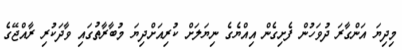
މިދިޔަ އަންގާރަ ދުވަހުން ފެށިގެން އިއްޔެގެ ނިޔަލަށް ކުރިއަށްދިޔަ މުބާރާތުގައި ވާދަކުރި ރާއްޖޭގެ